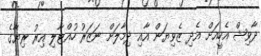
ދާވިޝް އެހީއަށް އެދި ޒެވިޔަން އާއި ދިމާލަށް ނަޒަރު ހުއްޓާލި އިރު ރިޔާގެ